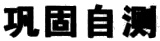
巩固自测